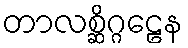
တာလစ္ဆိဂ္ဂဠေန